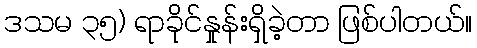
ဒသမ ၃၅) ရာခိုင်နှုန်းရှိခဲ့တာ ဖြစ်ပါတယ်။